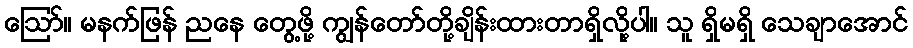
ဪ။ မနက်ဖြန် ညနေ တွေ့ဖို့ ကျွန်တော်တို့ချိန်းထားတာရှိလို့ပါ။ သူ ရှိမရှိ သေချာအောင်